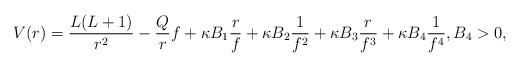
LaTeX: \begin{align*} V(r) = \frac{L(L+1)}{r^2} - \frac{Q}{r} f + \kappa B_1 \frac{r}{f} + \kappa B_2 \frac{1}{f^2} + \kappa B_3 \frac{r}{f^3} + \kappa B_4 \frac{1}{f^4}, B_4>0,\end{align*}